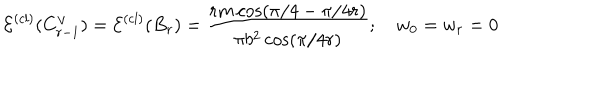
\mathcal { E } ^ { ( c l ) } ( C _ { r - 1 } ^ { \vee } ) = \mathcal { E } ^ { ( c l ) } ( B _ { r } ) = \frac { r m \cos ( \pi / 4 - \pi / 4 r ) } { \pi b ^ { 2 } \cos ( \pi / 4 r ) } ; \quad w _ { 0 } = w _ { r } = 0